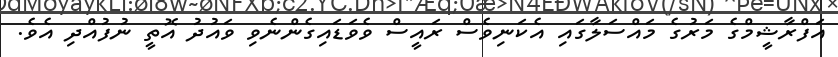
އަފްރާޝީމްގެ މަރުގެ މައްސަލާގައި އެކަނިވެސް ރައީސް ވެވަޑައިގެންނެވި ވައުދު އޮތީ ނުފުއްދި އެވެ.